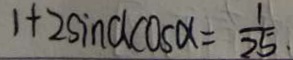
1 + 2 \sin a \cos d = \frac { 1 } { 2 5 }